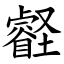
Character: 壡